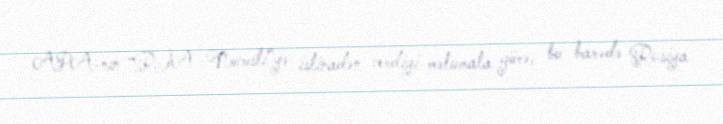
APA-nın “RİA Novosti”yə istinadən verdiyi məlumata görə, bu barədə Rusiya